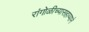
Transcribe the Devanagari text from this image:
रांगोळीच्यासहाय्याने